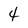
Character: 4